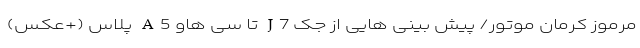
مرموز کرمان موتور/ پیش بینی هایی از جک J7 تا سی هاو A5 پلاس (+عکس)